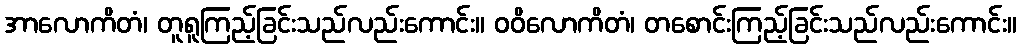
အာလောကိတံ၊ တူရူကြည့်ခြင်းသည်လည်းကောင်း။ ဝဝိလောကိတံ၊ တစောင်းကြည့်ခြင်းသည်လည်းကောင်း။